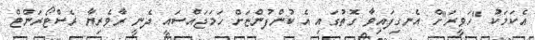
އެކަމަކު "ހަވީރަ"ށް އެނގިފައިވާ ގޮތުގައި އެ ކުންފުންޏަށް ހަމަޖައްސައި ދެނީ ރާވެރިޔާ ރެސްޓޯރަންޓް